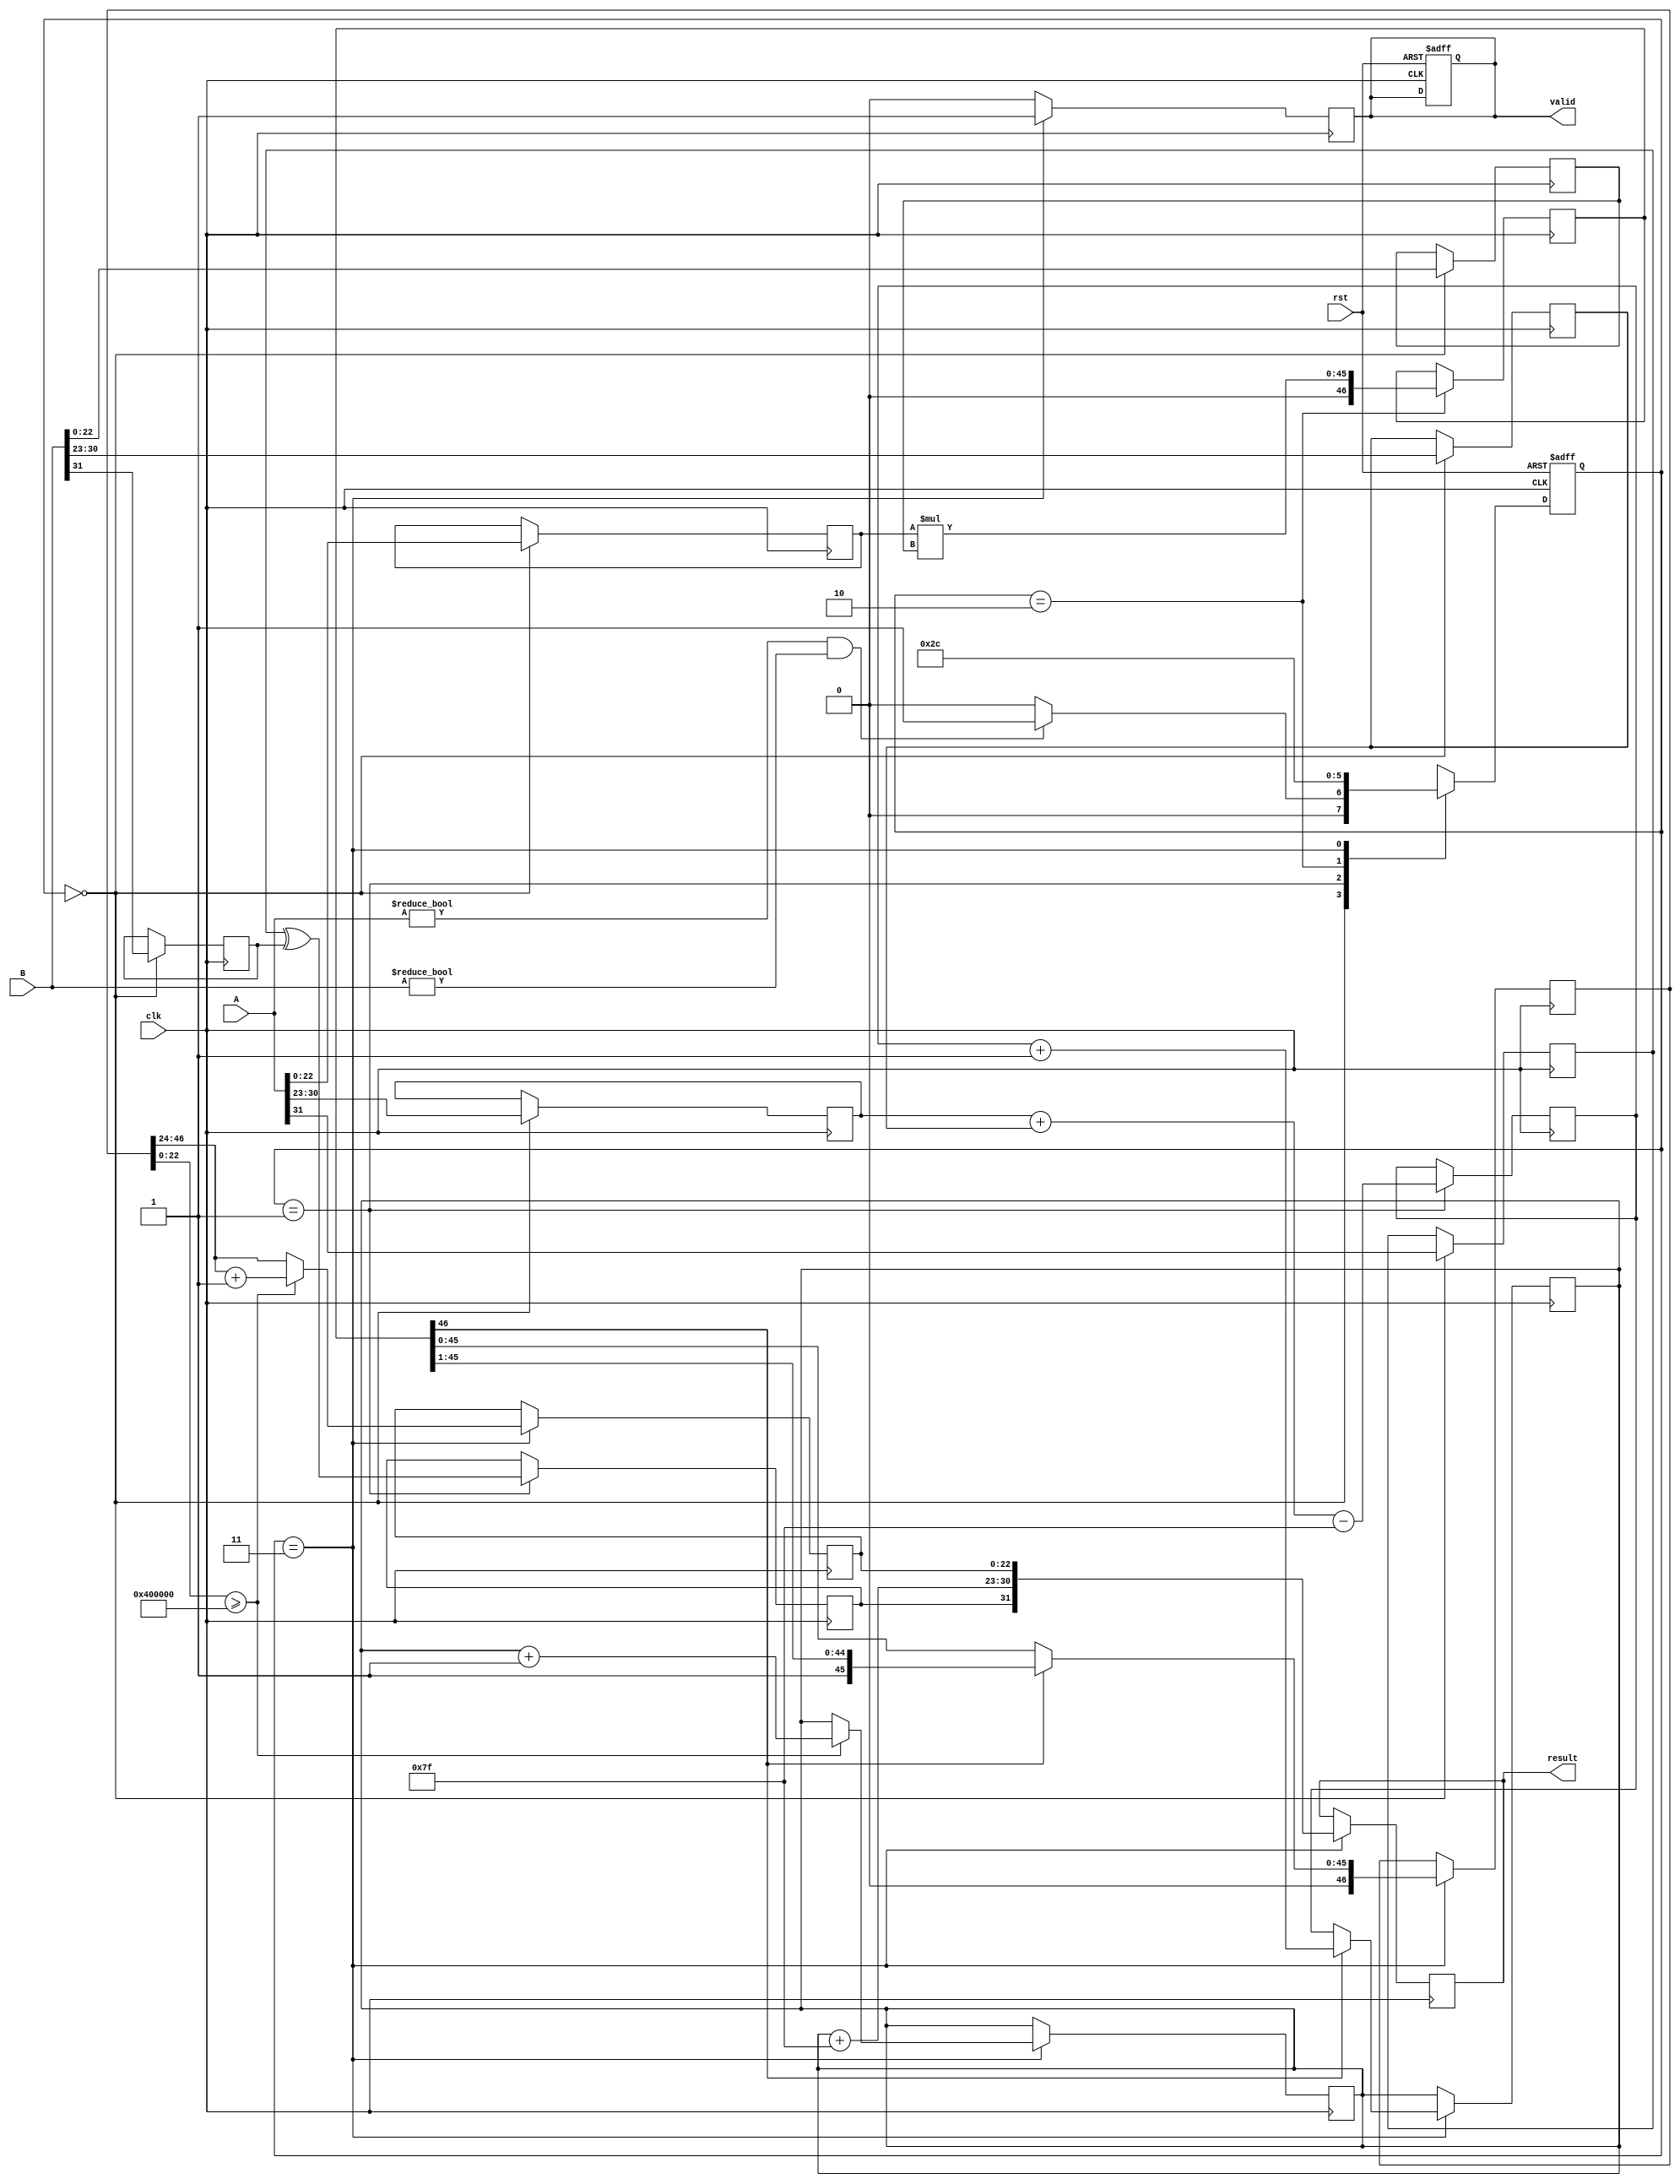
module pipelined_fp_multiplier (
    input clk,
    input rst,
    input [31:0] A,
    input [31:0] B,
    output reg [31:0] result,
    output reg valid
);

    // Pipeline registers
    reg [31:0] A_reg, B_reg;
    reg sign_a, sign_b, sign_result;
    reg [7:0] exp_a, exp_b, exp_result;
    reg [22:0] mant_a, mant_b;
    reg [46:0] mant_product;
    reg [46:0] mant_normalized;
    reg [7:0] exp_adjusted;
    reg [22:0] mant_final;
    reg [1:0] state, next_state;

    // State encoding
    localparam IDLE = 2'b00,
               DECOMPOSE = 2'b01,
               MULTIPLY = 2'b10,
               NORMALIZE = 2'b11;

    // Control logic
    always @(posedge clk or posedge rst) begin
        if (rst) begin
            state <= IDLE;
            valid <= 0;
        end else begin
            state <= next_state;
        end
    end

    // State machine for pipeline control
    always @(*) begin
        case (state)
            IDLE: begin
                if (A != 0 && B != 0) begin
                    next_state = DECOMPOSE;
                end else begin
                    next_state = IDLE;
                end
            end
            DECOMPOSE: begin
                next_state = MULTIPLY;
            end
            MULTIPLY: begin
                next_state = NORMALIZE;
            end
            NORMALIZE: begin
                next_state = IDLE;
            end
            default: next_state = IDLE;
        endcase
    end

    // Input and Decomposition Stage
    always @(posedge clk) begin
        if (state == IDLE) begin
            A_reg <= A;
            B_reg <= B;
            sign_a <= A[31];
            sign_b <= B[31];
            exp_a <= A[30:23];
            exp_b <= B[30:23];
            mant_a <= {1'b1, A[22:0]}; // Implicit leading 1
            mant_b <= {1'b1, B[22:0]}; // Implicit leading 1
        end
    end

    // Sign and Exponent Calculation
    always @(posedge clk) begin
        if (state == DECOMPOSE) begin
            sign_result <= sign_a ^ sign_b;
            exp_result <= exp_a + exp_b - 8'd127; // Remove bias
        end
    end

    // Mantissa Multiplication
    always @(posedge clk) begin
        if (state == MULTIPLY) begin
            mant_product <= mant_a * mant_b; // 46-bit product
        end
    end

    // Normalization Stage
    always @(posedge clk) begin
        if (state == NORMALIZE) begin
            if (mant_product[46]) begin
                mant_normalized <= mant_product >> 1; // Shift right
                exp_adjusted <= exp_result + 1; // Increment exponent
            end else begin
                mant_normalized <= mant_product;
                exp_adjusted <= exp_result;
            end
        end
    end

    // Rounding and Output Assembly
    always @(posedge clk) begin
        if (state == NORMALIZE) begin
            // Rounding (simple rounding)
            if (mant_normalized[22:0] >= 23'b10000000000000000000000) begin
                mant_final <= mant_normalized[46:24] + 1; // Round up
                exp_adjusted <= exp_adjusted + 1; // Adjust exponent if needed
            end else begin
                mant_final <= mant_normalized[46:24]; // Truncate
            end

            // Assemble final result
            result <= {sign_result, exp_adjusted + 8'd127, mant_final[22:0]};
            valid <= 1; // Indicate result is valid
        end else begin
            valid <= 0; // Reset valid signal
        end
    end

endmodule